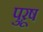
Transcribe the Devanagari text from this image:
पुऱूष